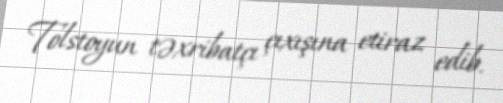
Tolstoyun təxribatçı çıxışına etiraz edib.